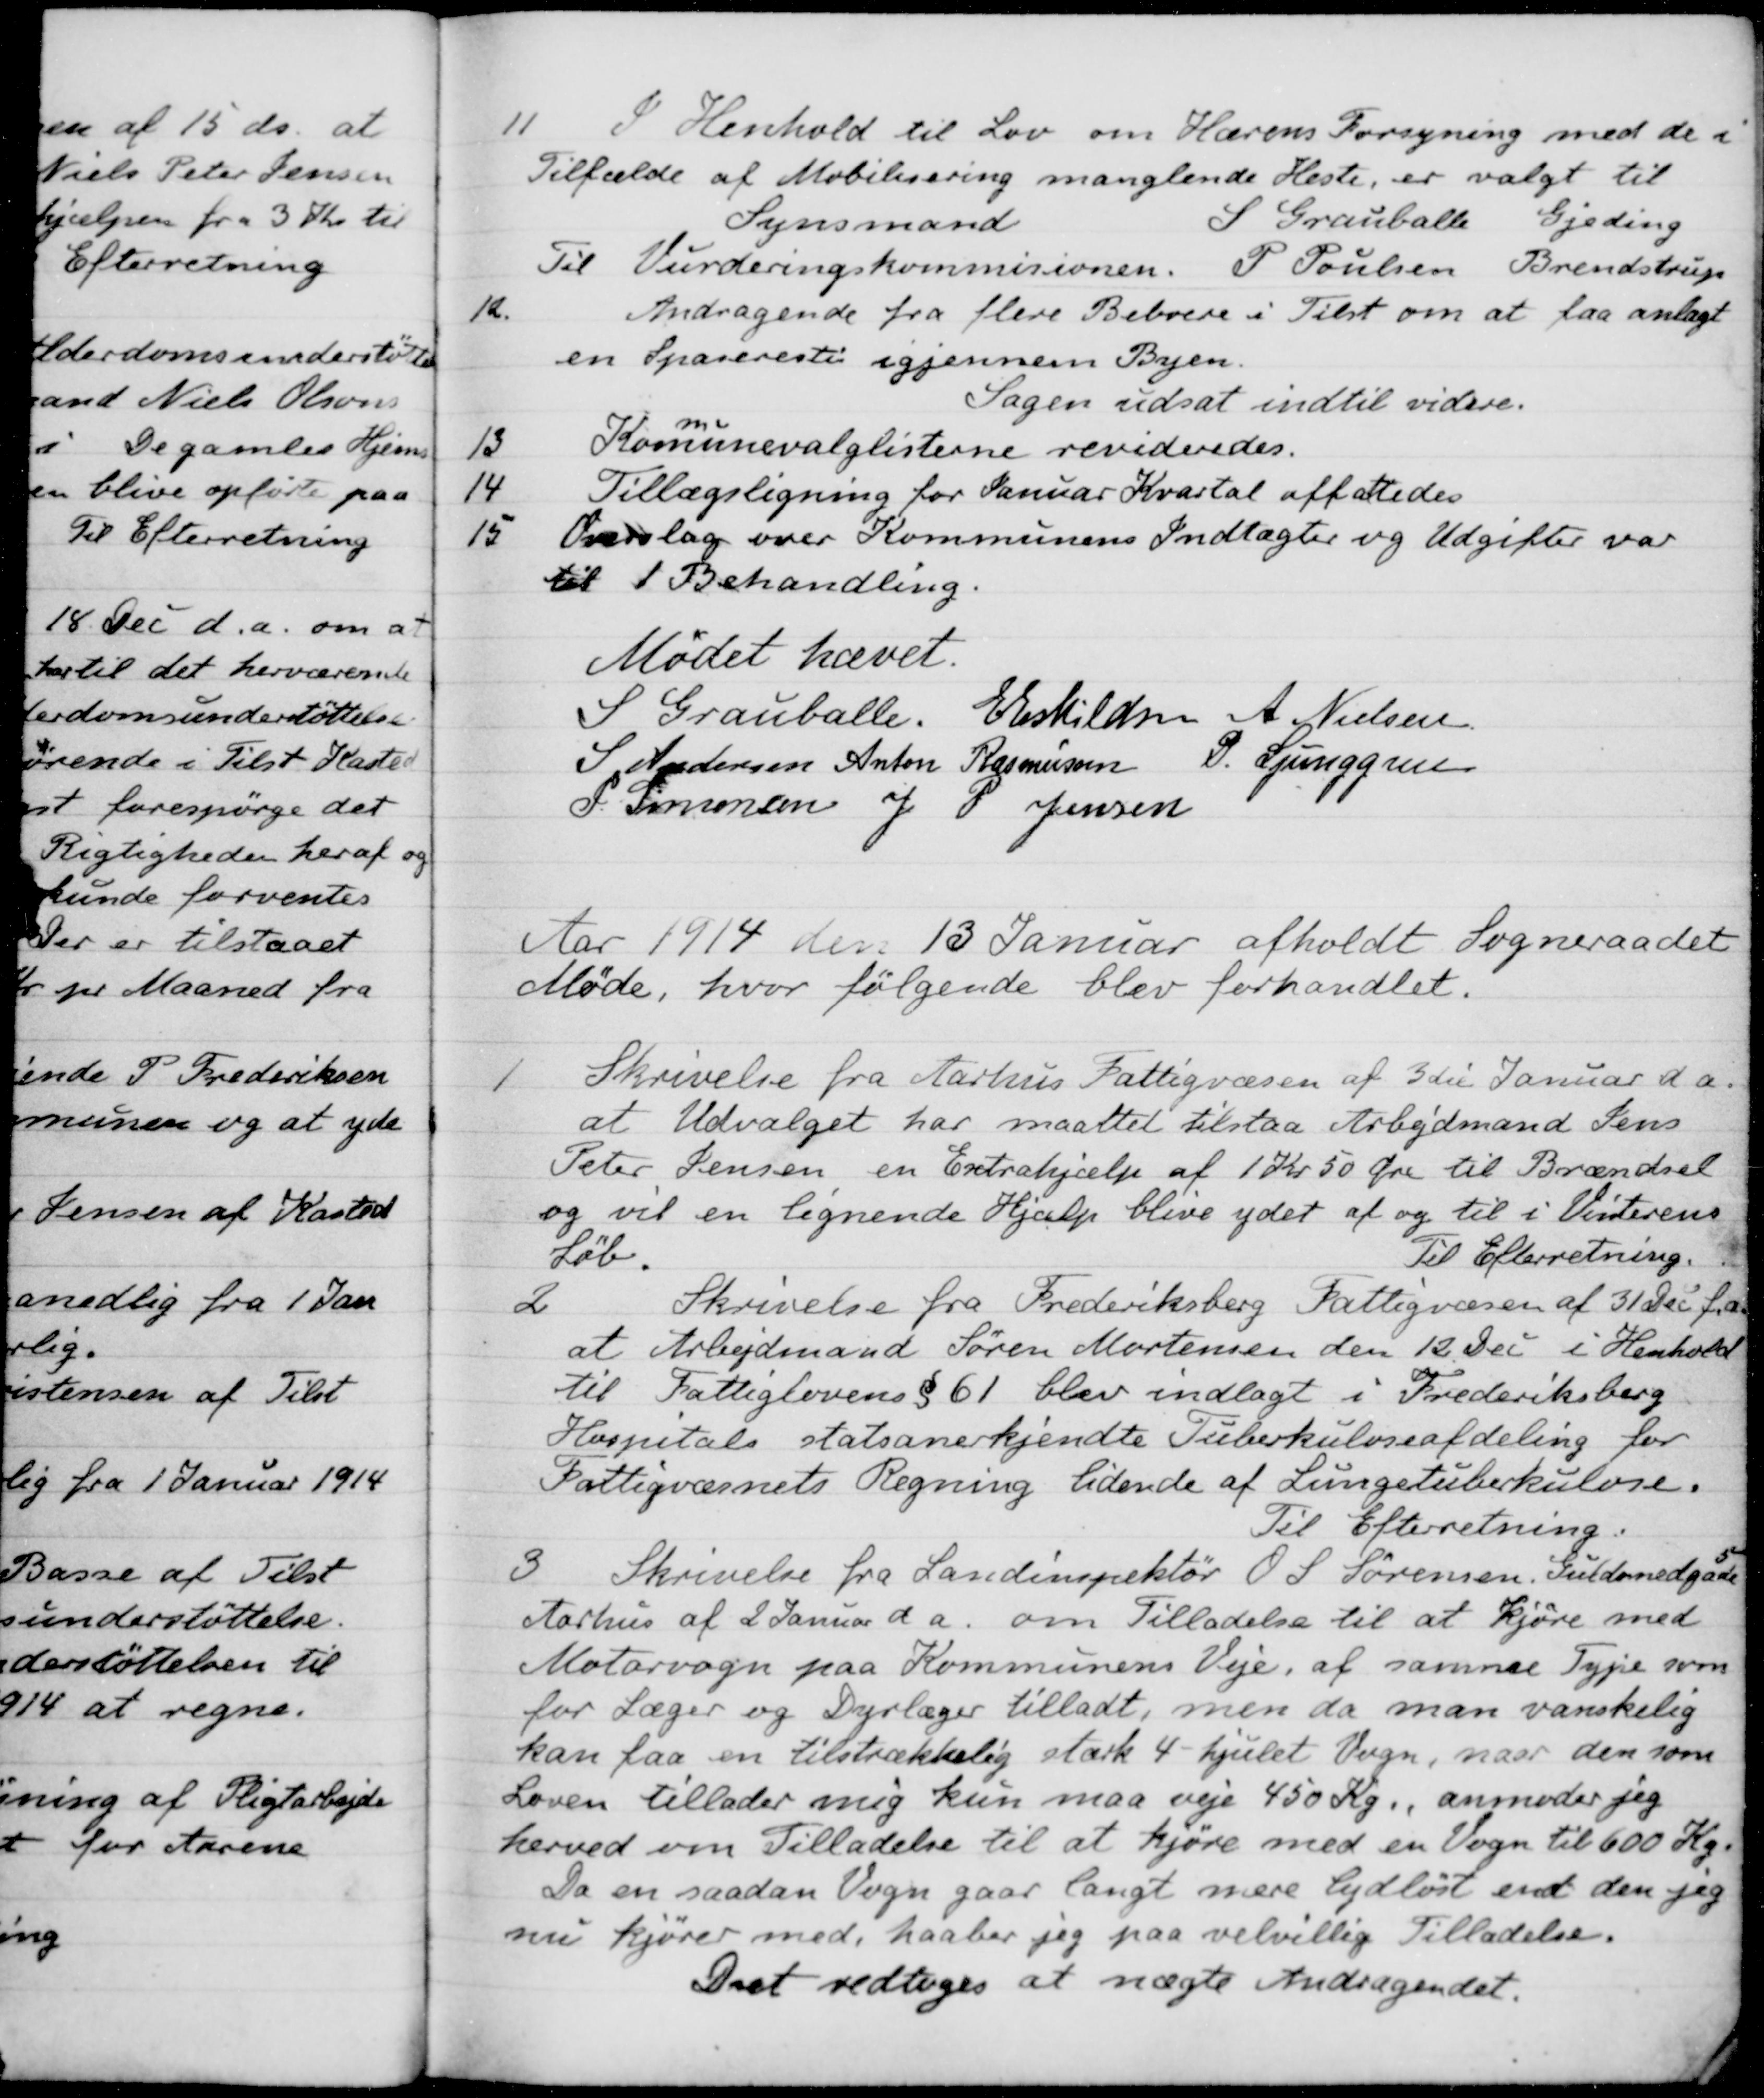
Transskription:
11
I Henhold til Lov om Hærens Forsyning med de i
Tilfælde af Mobilisering manglende Heste, er valgt til
Synsmand
S Grauballe
Gjeding
Til Vurderingskommisionen. P. Poulsen Brendstrup
12.
Andragende fra flere Beboere i Tilst om at faa anlagt
en Spaseresti igjennem Byen.
Sagen udsat indtil videre.
13
Kommunevalglisterne revideredes.
14
Tillægsligning for Januar Kvartal affattedes
15
Overslag over Kommunens Indtægter og Udgifter var
til 1 Behandling.
Mødet hævet.
S Grauballe.
E Eskildsen
A. Nielsen
J Andersen
Anton Rasmussen
P. Ljunggren
P. Simonsen
J P Jensen
Aar 1914 den 13 Januar afholdt Sogneraadet
Møde, hvor følgende blev forhandlet.
1
Skrivelse fra Aarhus Fattigvæsen af 3die Januar d. A.
at Udvalget har maattet tilstaa Arbejdsmand Jens
Peter Jensen en Extrahjælp af 1 Kr. 50 Øre til Brændsel
og vil en ligende Hjælp blive ydet af og til i Vinterens
løb.
Til Efterretning.
2
Skrivelse fra Frederiksberg Fattigvæsen af 31 Dec f.a.
at Arbejdsmand Søren Mortensen den 12 Dec i Henhold
til Fattiglovens § 61 blev indlagt i Frederiksberg
Hospitals statsanerkjendte Tuberkuloseafdeling for
Fattigvæsnets Regning lidende af Lungetuberkulose.
Til Efterretning.
3
Skrivelse fra Landinspektør O. S. Sørensen, Guldsmedgade 5
Aarhus af 2 Januar d a. om Tilladelse til at kjøre med
Motorvogn paa Kommunens Veje, af samme Type som
for Læger og Dyrlæger tilladt, men da man vanskelig
kan faa en tilstrækkelig stærk 4-hjulet Vogn, naar den som
Loven tillader mig kun maa veje 450 Kg., anmoder jeg
herved om Tilladelse til at kjøre med en Vogn til 600 Kg.
Da en saadan Vogn gaar langt mere lydløst end den jeg
nu kjører med, haaber jeg paa velvillig Tilladelse.
Det vedtoges at nægte Andragendet.